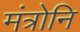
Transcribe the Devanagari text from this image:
मंत्रोनि